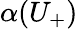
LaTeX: \alpha(U_{+})